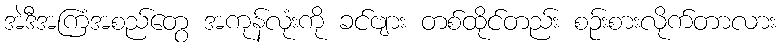
အဲဒီအကြံအစည်တွေ အကုန်လုံးကို ခင်ဗျား တစ်ထိုင်တည်း စဉ်းစားလိုက်တာလား